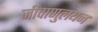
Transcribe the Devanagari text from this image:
जीवाणुलयन